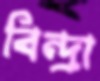
বিন্দ্রা